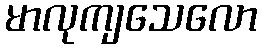
မာလုကျသေလော